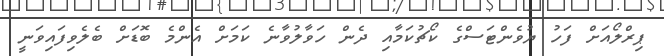
ޕިރްލޯއަށް ފަހު ޔުވެންޓަސްގެ ކޯޗުކަމާއި ދެން ހަވާލުވާނެ ކަމަށް އެންމެ ބޮޑަށް ބެލެވިފައިވަނީ